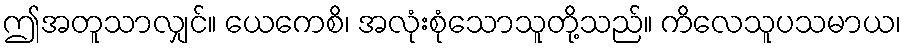
ဤအတူသာလျှင်။ ယေကေစိ၊ အလုံးစုံသောသူတို့သည်။ ကိလေသူပသမာယ၊